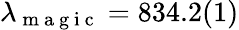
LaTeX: \lambda_{\mathrm{~m~a~g~i~c~}}=834.2(1)